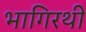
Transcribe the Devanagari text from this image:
भागिरथी